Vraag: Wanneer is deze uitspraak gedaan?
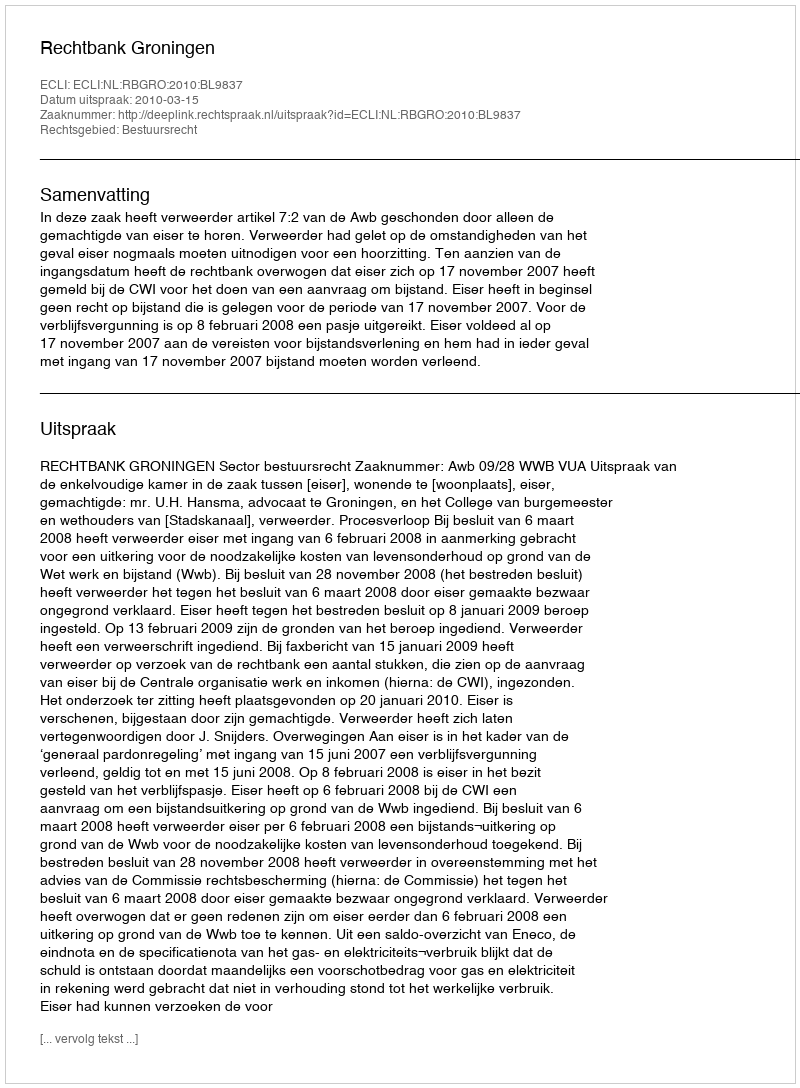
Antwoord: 2010-03-15